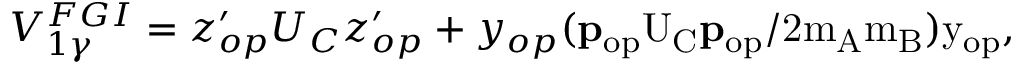
V _ { 1 \gamma } ^ { F G I } = z _ { o p } ^ { \prime } U _ { C } z _ { o p } ^ { \prime } + y _ { o p } ( \bf p \mathrm { _ { o p } U _ { C } \bf p \mathrm { _ { o p } / 2 m _ { A } m _ { B } ) y _ { o p } , } }